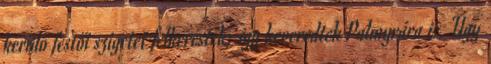
kerülő festői szigetet felkeresték; így keveredtek Palmyrára is. Úgy